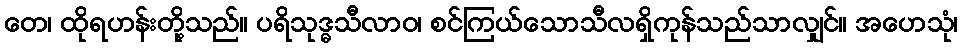
တေ၊ ထိုရဟန်းတို့သည်။ ပရိသုဒ္ဓသီလာဝ၊ စင်ကြယ်သောသီလရှိကုန်သည်သာလျှင်။ အဟေသုံ၊